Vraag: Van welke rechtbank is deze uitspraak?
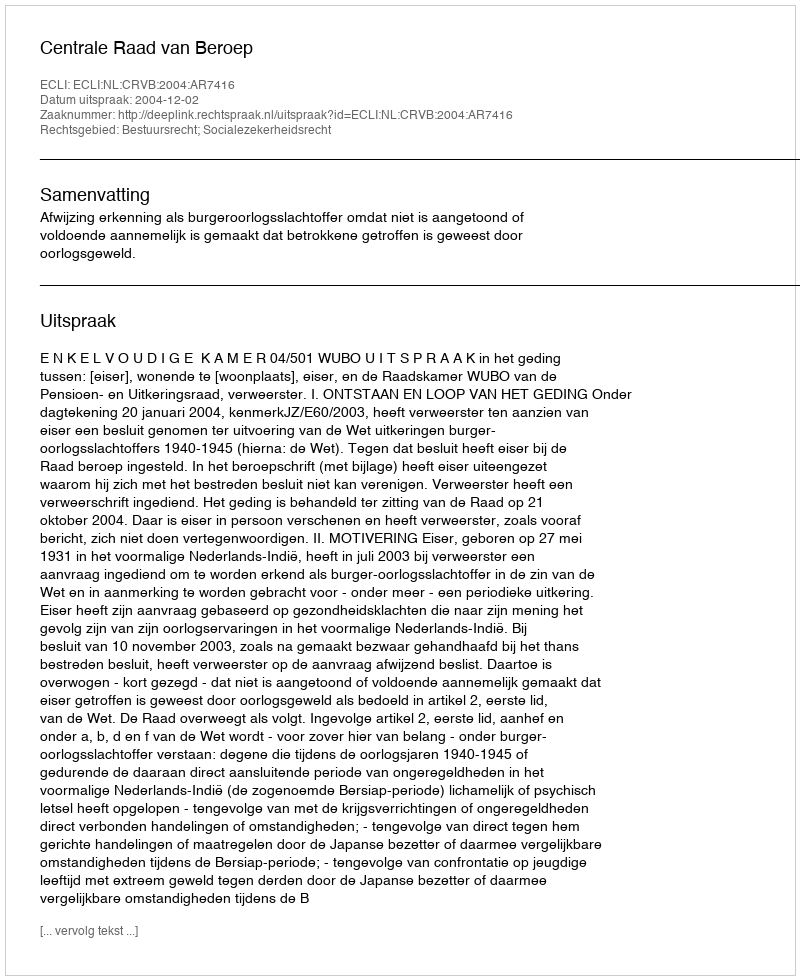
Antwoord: Centrale Raad van Beroep